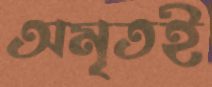
অমৃতই